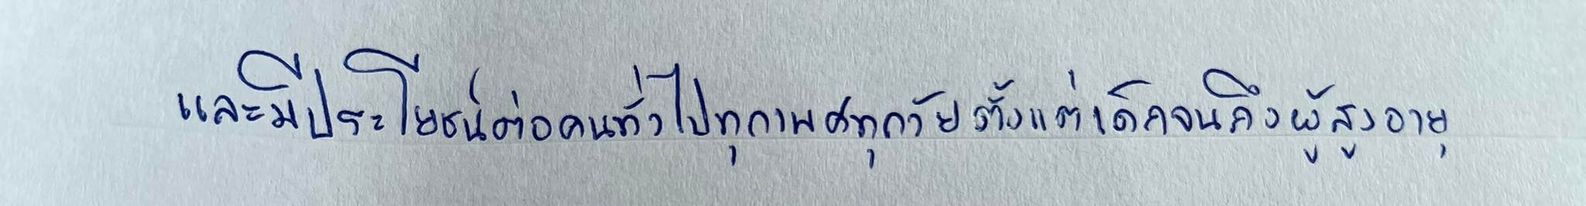
และมีประโยชน์ต่อคนทั่วไปทุกเพศทุกวัยตั้งแต่เด็กจนถึงผู้สูงอายุ